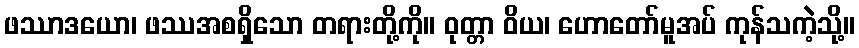
ဖဿာဒယော၊ ဖဿအစရှိသော တရားတို့ကို။ ဝုတ္တာ ဝိယ၊ ဟောတော်မူအပ် ကုန်သကဲ့သို့။